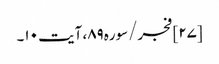
[۲۷] فجر/سوره۸۹، آیت ۱۰۔